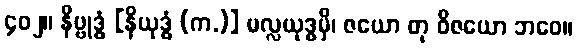
၄၀၂။ နိဗ္ဗုဒ္ဓံ [နိယုဒ္ဓံ (က.)] မလ္လယုဒ္ဓမှိ၊ ဇယော တု ဝိဇယော ဘဝေ။